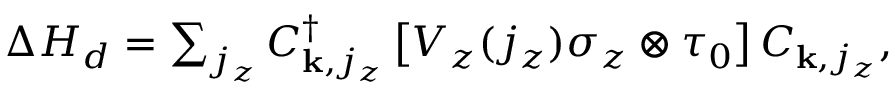
\begin{array} { r } { \Delta H _ { d } = \sum _ { j _ { z } } C _ { { \bf k } , j _ { z } } ^ { \dagger } \left[ V _ { z } ( j _ { z } ) \sigma _ { z } \otimes \tau _ { 0 } \right] C _ { { \bf k } , j _ { z } } , } \end{array}